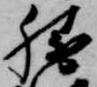
勝